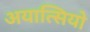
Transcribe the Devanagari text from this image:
अयात्सियो